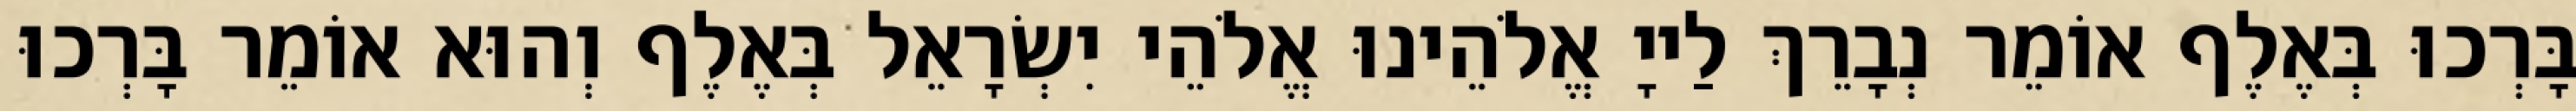
בָּרְכוּ בְּאֶלֶף אוֹמֵר נְבָרֵךְ לַייָ אֱלֹהֵינוּ אֱלֹהֵי יִשְׂרָאֵל בְּאֶלֶף וְהוּא אוֹמֵר בָּרְכוּ